Civil Veterinary Department. Madras. Admin. report 1926-33 - 1926-1933
Year: 1926
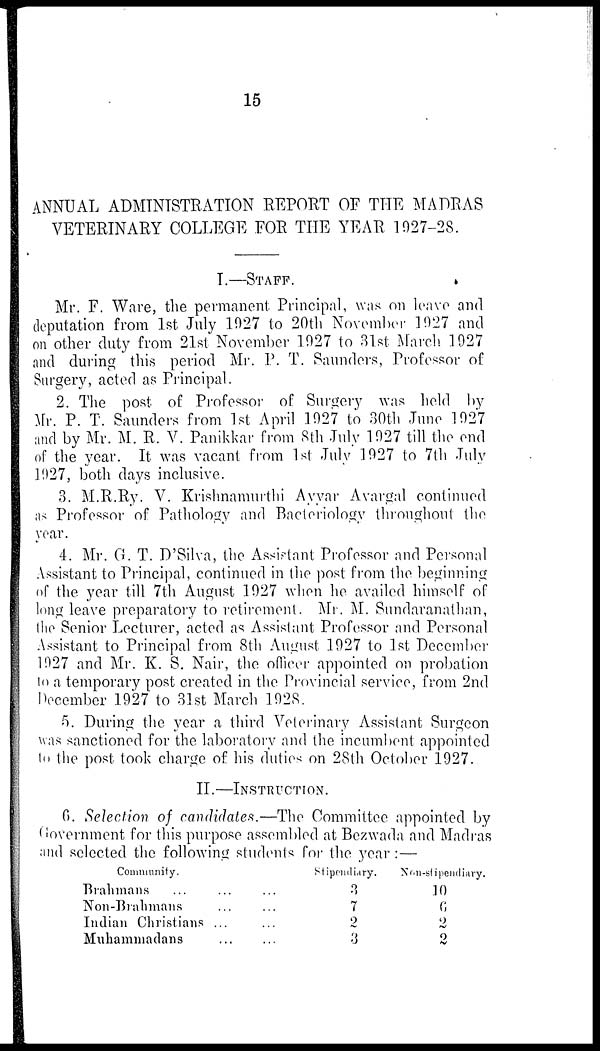
15
ANNUAL ADMINISTRATION REPORT OF THE MADRAS
VETERINARY COLLEGE FOR THE YEAR 1927-28.
I.—STAFF.
Mr. F. Ware, the permanent Principal, was on leave and
deputation from 1st July 1027 to 20th November 1027 and
on other duty from 21st November 1027 to 31st March 1927
and during this period Mr. P. T. Saunders, Professor of
Surgery, acted as Principal.
2. The post of Professor of Surgery was held by
Mr. P. T. Saunders from 1st April 1027 to 30th June 1927
and by Mr. M. R. V. Panikkar from 8th July 1027 till the end
of the year. It was vacant from 1st July 1927 to 7th July
1027, both days inclusive.
3. M.R.Ry. V. Krishnamurthi Ayyar Avargal continued
as Professor of Pathology and Bacteriology throughout the
year.
4. Mr. G. T. D'Silva, the Assistant Professor and Personal
Assistant to Principal, continued in the post from the beginning
of the year till 7th August 1927 when he availed himself of
long leave preparatory to retirement. Mr. M. Sundaranathan,
the Senior Lecturer, acted as Assistant Professor and Personal
Assistant to Principal from 8th August 1927 to 1st December
1027 and Mr. K. S. Nair, the officer appointed on probation
to a temporary post created in the Provincial service, from 2nd
December 1927 to 31st March 1028.
5. During the year a third Veterinary Assistant Surgeon
was sanctioned for the laboratory and the incumbent appointed
to the post took charge of his duties on 28th October 1927.
II.—INSTRUCTION.
6. Selection of candidates.—The Committee appointed by
Government for this purpose assembled at Bezwada and Madras
and selected the following students for the year:—
Community.
Bralunans ...
Non-Brahmans
Indian Christians
Muhamniadans
...
...
...
...
...
...
...
....
Stipendiary.
3
7
2
3
Non-stipendiary.
10
6
2
2